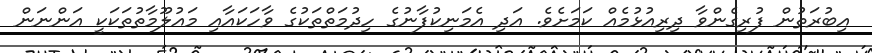
އިބުރަތުން ފުރިގެންވާ ދިރިއުޅުމެއް ކަމަށެވެ. އަދި އެމަނިކުފާނުގެ ހިދުމަތްތަކުގެ ވާހަކައާއި މައުލޫމާތުތަކަކީ އަންނަން